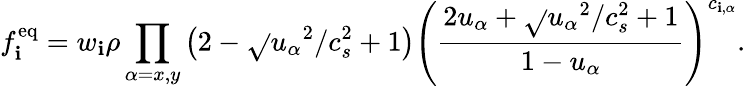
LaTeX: f_{\mathbf{i}}^{\mathrm{{eq}}}=w_{\mathbf{i}}\rho\prod_{\alpha=x,y}\left(2-\sqrt{}{{{u_{\alpha}}^{2}/c_{s}^{2}+1}}\right){\left(\frac{{2u_{\alpha}+\sqrt{}{{{u_{\alpha}}^{2}/c_{s}^{2}+1}}}}{{1-u_{\alpha}}}\right)}^{c_{\mathbf{i},\alpha}}.